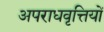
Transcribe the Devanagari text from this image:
अपराधवृत्तियों